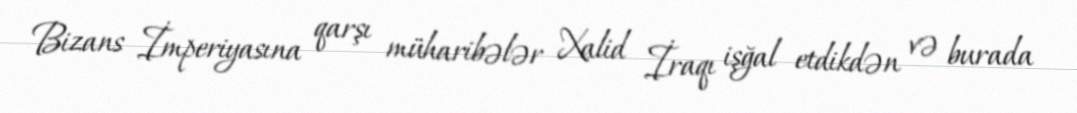
Bizans İmperiyasına qarşı müharibələr Xalid İraqı işğal etdikdən və burada